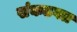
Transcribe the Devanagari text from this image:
संकटगत